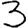
Digit: 3